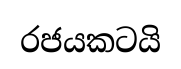
රජයකටයි